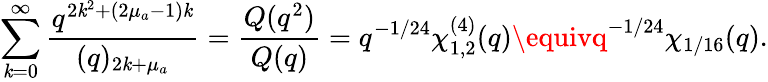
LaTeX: \sum_{\mathit{k}=0}^{\infty}\frac{{q^{2\mathit{k}^{2}+(2\mu_{a}-1)\mathit{k}}}}{{(q)_{2\mathit{k}+\mu_{a}}}}=\frac{{Q(q^{2})}}{{Q(q)}}=q^{-1/24}\chi_{1,2}^{(4)}(q)\equivq^{-1/24}\chi_{1/16}(q).